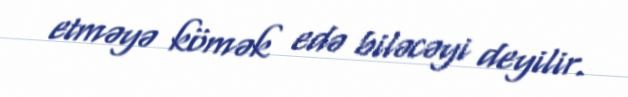
etməyə kömək edə biləcəyi deyilir.